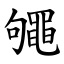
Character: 䵶